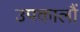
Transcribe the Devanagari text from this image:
उपकालौं